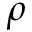
\rho